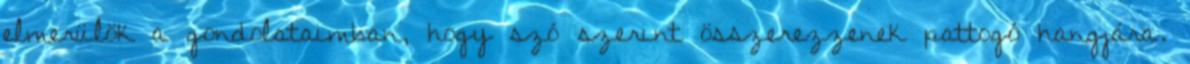
elmerülök a gondolataimban, hogy szó szerint összerezzenek pattogó hangjára.